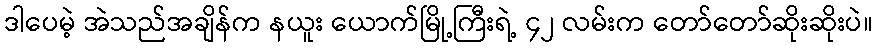
ဒါပေမဲ့ အဲသည်အချိန်က နယူး ယောက်မြို့ကြီးရဲ့ ၄၂ လမ်းက တော်တော်ဆိုးဆိုးပဲ။